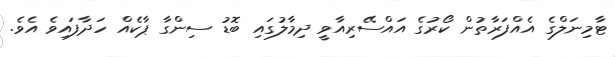
ޓާމިނަލްގެ އެއްފަރާތުން ކޯރުގެ އައްސޭރިއާވީ ދިމާލުގައި ބޮޑު ސިންގާ ޕާކެއް ހަދާފައިވެ އެވެ.